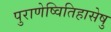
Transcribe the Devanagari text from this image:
पुराणेष्वितिहासेषु